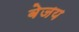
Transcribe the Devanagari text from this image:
बेजय